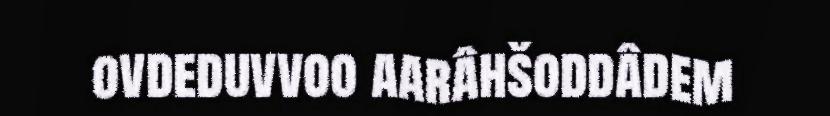
ovdeduvvoo aarâhšoddâdem